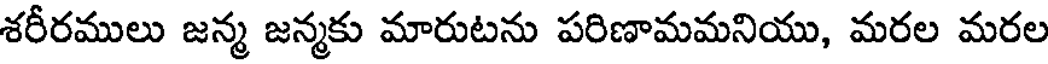
శరీరములు జన్మ జన్మకు మారుటను పరిణామమనియు, మరల మరల